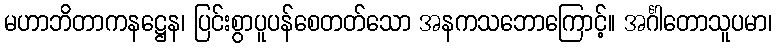
မဟာဘိတာကနဋ္ဌေန၊ ပြင်းစွာပူပန်စေတတ်သော အနကသဘောကြောင့်။ အင်္ဂါတောသူပမာ၊